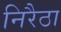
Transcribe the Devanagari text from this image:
निरैठा